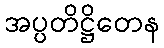
အပ္ပတိဋ္ဌိတေန